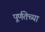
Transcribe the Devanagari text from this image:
पूर्णतेच्या